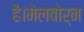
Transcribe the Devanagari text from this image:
है।मेलबोर्न